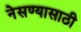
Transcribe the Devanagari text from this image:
नेसण्यासाठी